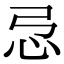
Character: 𢗂